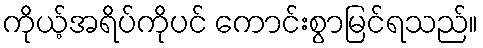
ကိုယ့်အရိပ်ကိုပင် ကောင်းစွာမြင်ရသည်။